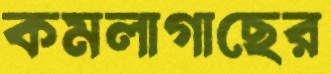
কমলাগাছের